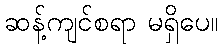
ဆန့်ကျင်စရာ မရှိပေ။